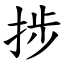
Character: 捗